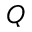
Q